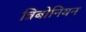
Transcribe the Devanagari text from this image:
त्रिबोनियन